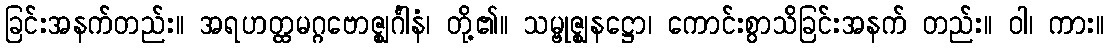
ခြင်းအနက်တည်း။ အရဟတ္ထမဂ္ဂဗောဇ္ဈင်္ဂါနံ၊ တို့၏။ သမ္ဗုဇ္ဈနဋ္ဌော၊ ကောင်းစွာသိခြင်းအနက် တည်း။ ဝါ၊ ကား။